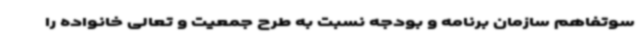
سوتفاهم سازمان برنامه و بودجه نسبت به طرح جمعیت و تعالی خانواده را